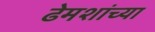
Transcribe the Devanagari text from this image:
ढेमशांच्या